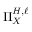
\Pi _ { X } ^ { H , \ell }